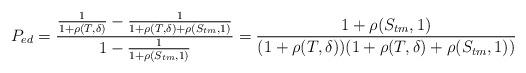
LaTeX: \begin{align*}P_{ed}=\frac{\frac{1}{1+\rho(T,\delta)}-\frac{1}{1+\rho(T,\delta)+\rho( S_{tm},1)}}{1-\frac{1}{1+\rho( S_{tm},1)}}=\frac{1+\rho( S_{tm},1)}{(1+\rho(T, \delta))(1+\rho(T,\delta)+\rho( S_{tm},1))}\end{align*}